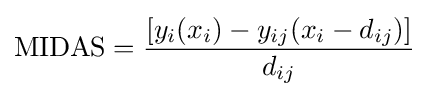
{\text{MIDAS}}={[y_{i}(x_{i})-y_{ij}(x_{i}-d_{ij})] \over d_{ij}}